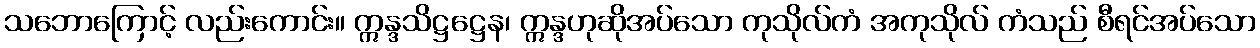
သဘောကြောင့် လည်းကောင်း။ ဣန္ဒသိဋ္ဌဋ္ဌေန၊ ဣန္ဒဟုဆိုအပ်သော ကုသိုလ်ကံ အကုသိုလ် ကံသည် စီရင်အပ်သော